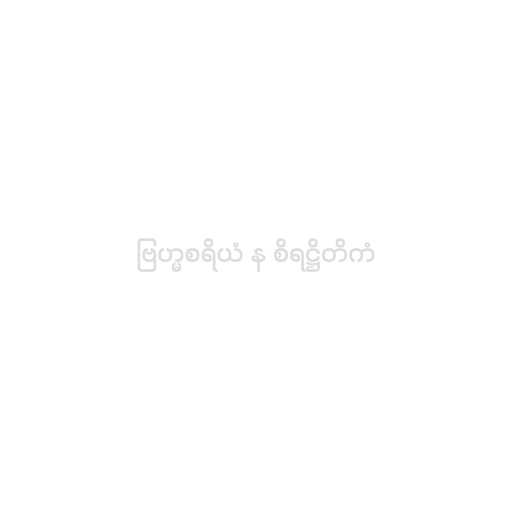
ဗြဟ္မစရိယံ န စိရဋ္ဌိတိကံ